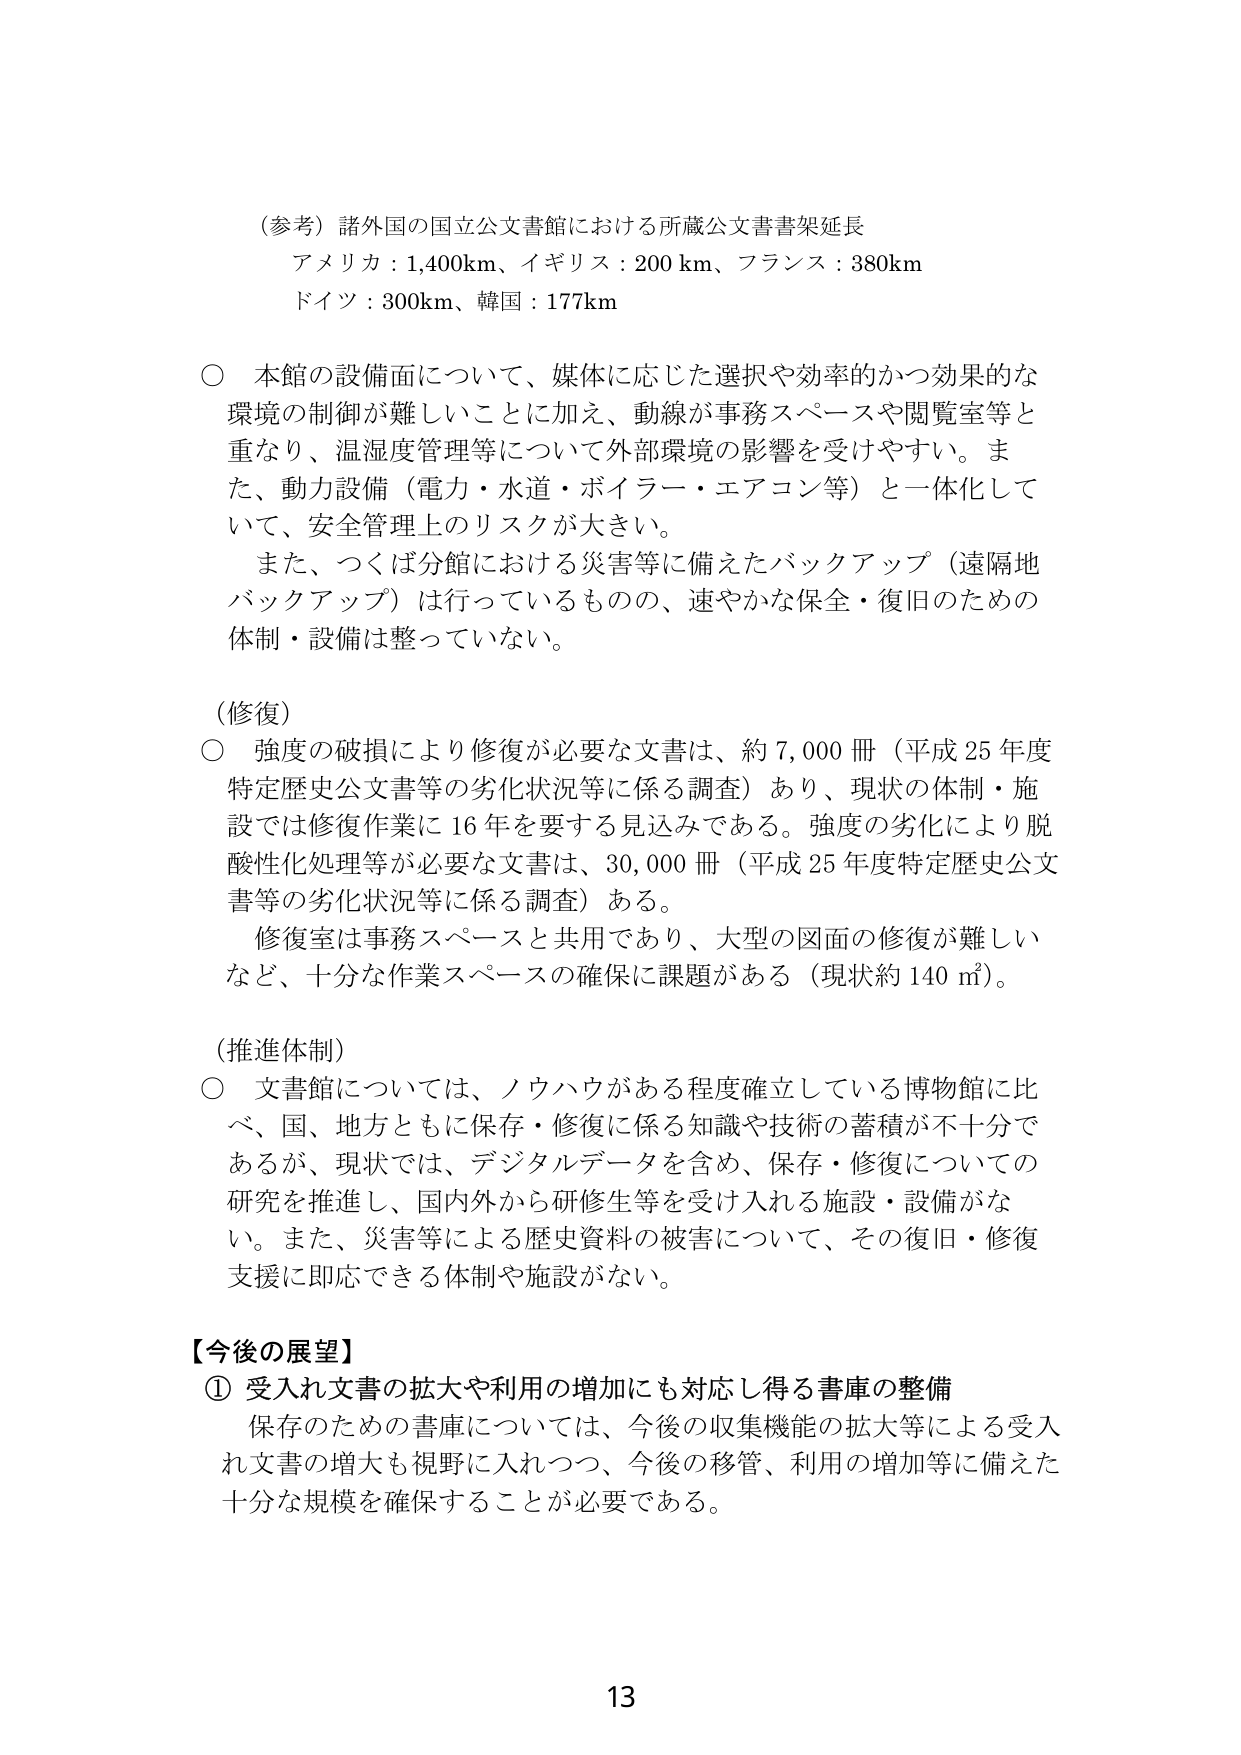
（参考）諸外国の国立公文書館における所蔵公文書書架延長
アメリカ：1,400km、イギリス：200 km、フランス：380km
ドイツ：300km、韓国：177km

○ 本館の設備面について、媒体に応じた選択や効率的かつ効果的な環境の制御が難しいことに加え、動線が事務スペースや閲覧室等と重なり、温湿度管理等について外部環境の影響を受けやすい。また、動力設備（電力・水道・ボイラー・エアコン等）と一体化していて、安全管理上のリスクが大きい。
　また、つくば分館における災害等に備えたバックアップ（遠隔地バックアップ）は行っているものの、速やかな保全・復旧のための体制・設備は整っていない。

（修復）
○ 強度の破損により修復が必要な文書は、約7,000冊（平成25年度特定歴史公文書等の劣化状況等に係る調査）あり、現状の体制・施設では修復作業に16年を要する見込みである。強度の劣化により脱酸性化処理等が必要な文書は、30,000冊（平成25年度特定歴史公文書等の劣化状況等に係る調査）ある。
　修復室は事務スペースと共用であり、大型の図面の修復が難しいなど、十分な作業スペースの確保に課題がある（現状約140㎡）。

（推進体制）
○ 文書館については、ノウハウがある程度確立している博物館に比べ、国、地方ともに保存・修復に係る知識や技術の蓄積が不十分であるが、現状では、デジタルデータを含め、保存・修復についての研究を推進し、国内外から研修生等を受け入れる施設・設備がない。また、災害等による歴史資料の被害について、その復旧・修復支援に即応できる体制や施設がない。

【今後の展望】
① 受入れ文書の拡大や利用の増加にも対応し得る書庫の整備
　保存のための書庫については、今後の収集機能の拡大等による受入れ文書の増大も視野に入れつつ、今後の移管、利用の増加等に備えた十分な規模を確保することが必要である。

13